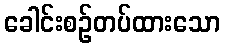
ခေါင်းစဉ်တပ်ထားသော